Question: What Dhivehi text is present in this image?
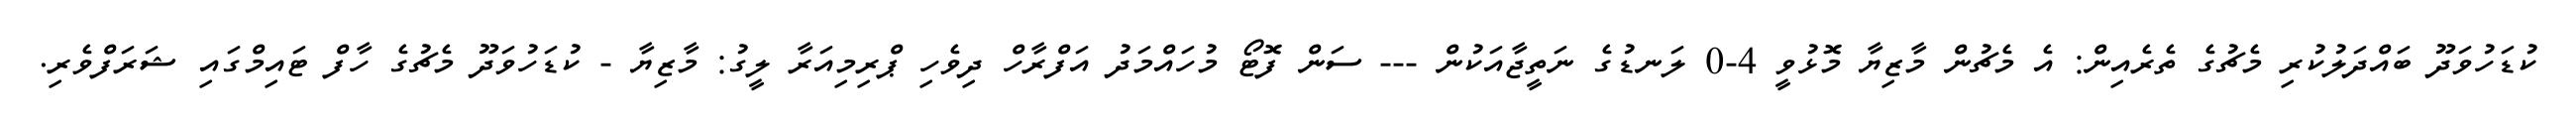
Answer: ކުޑަހުވަދޫ ބައްދަލުކުރި މެޗުގެ ތެރެއިން: އެ މެޗުން މާޒިޔާ މޮޅުވީ 4-0 ލަނޑުގެ ނަތީޖާއަކުން --- ސަން ފޮޓޯ މުހައްމަދު އަފްރާހް ދިވެހި ޕްރިމިއަރާ ލީގު: މާޒިޔާ - ކުޑަހުވަދޫ މެޗުގެ ހާފް ޓައިމްގައި ޝަރަފްވެރި.